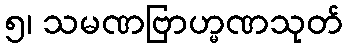
၅၊ သမဏဗြာဟ္မဏသုတ်